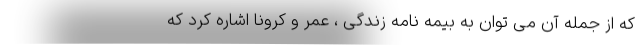
که از جمله آن می توان به بیمه نامه زندگی ، عمر و کرونا اشاره کرد که